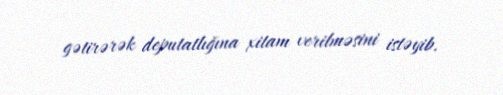
gətirərək deputatlığına xitam verilməsini istəyib.